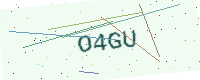
Text: O4GU